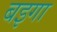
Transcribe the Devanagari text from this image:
बइगा